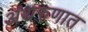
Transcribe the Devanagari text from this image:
अंथरुणात